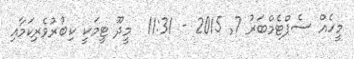
މީހެއް ސެޕްޓެމްބަރު 7